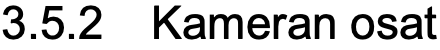
3.5.2 Kameran osat